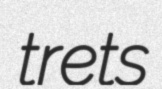
trets